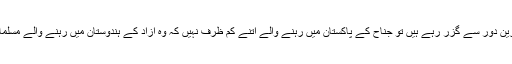
آج اگر ہندوستان کے مسلمان اپنی تاریخ کے بد ترین دور سے گزر رہے ہیں تو جناح کے پاکستان میں رہنے والے اتنے کم ظرف نہیں کہ وہ آزاد کے ہندوستان میں رہنے والے مسلمانوں کو ان کی شکست خوردگی کا احساس دلائیں۔